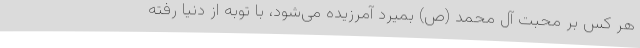
هر کس بر محبت آل محمد (ص) بمیرد آمرزیده می‌شود، با توبه از دنیا رفته